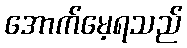
အောက်မေ့ရသည်